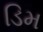
ડિમ